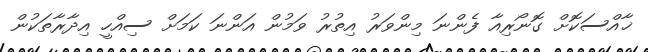
ޚާއްސަކޮށް ގޮނޯރިއާ ފެންނަ މިންވަރު އިތުރު ވަމުން އަންނަ ކަމަށް ސިއްހީ އިދާރާތަކުން